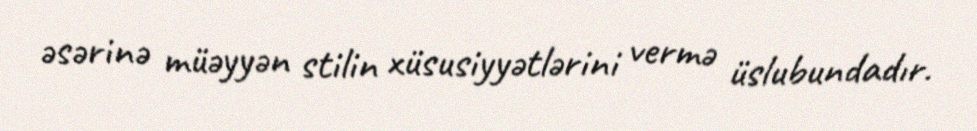
əsərinə müəyyən stilin xüsusiyyətlərini vermə üslubundadır.